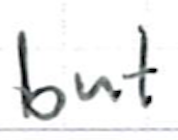
Text: but
Cross-out: clean
Writing tool: ballpoint